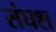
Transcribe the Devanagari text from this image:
संघश